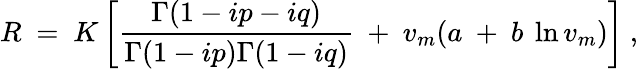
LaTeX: R~=~K\left[{\frac{\Gamma(1-ip-iq)}{\Gamma(1-ip)\Gamma(1-iq)}}~+~v_{m}(a~+~b~\ln v_{m})\right]~,